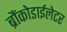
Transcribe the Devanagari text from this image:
ब्रौंकोडाईलेटर